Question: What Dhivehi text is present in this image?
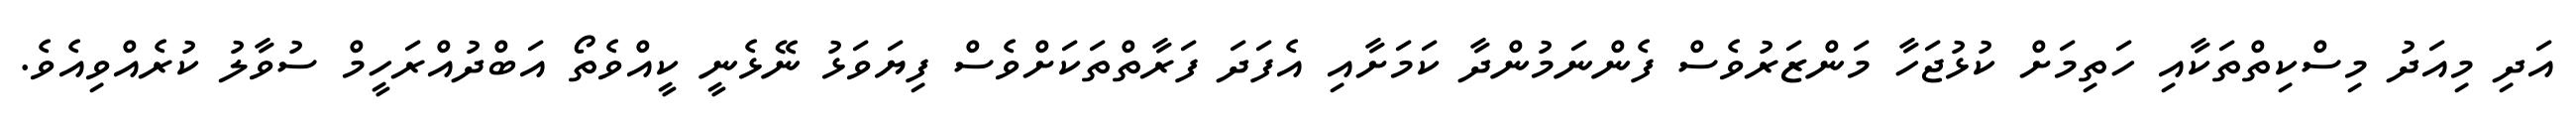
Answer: އަދި މިއަދު މިސްކިތްތަކާއި ހަތިމަށް ކުޅުޖަހާ މަންޒަރުވެސް ފެންނަމުންދާ ކަމަށާއި އެފަދަ ފަރާތްތަކަށްވެސް ފިޔަވަޅު ނޭޅެނީ ކީއްވެތޯ އަބްދުއްރަހީމް ސުވާލު ކުރެއްވިއެވެ.